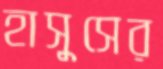
হাসুসের